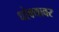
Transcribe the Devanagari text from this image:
धोक्यावर